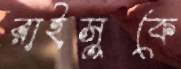
রাইসুকে